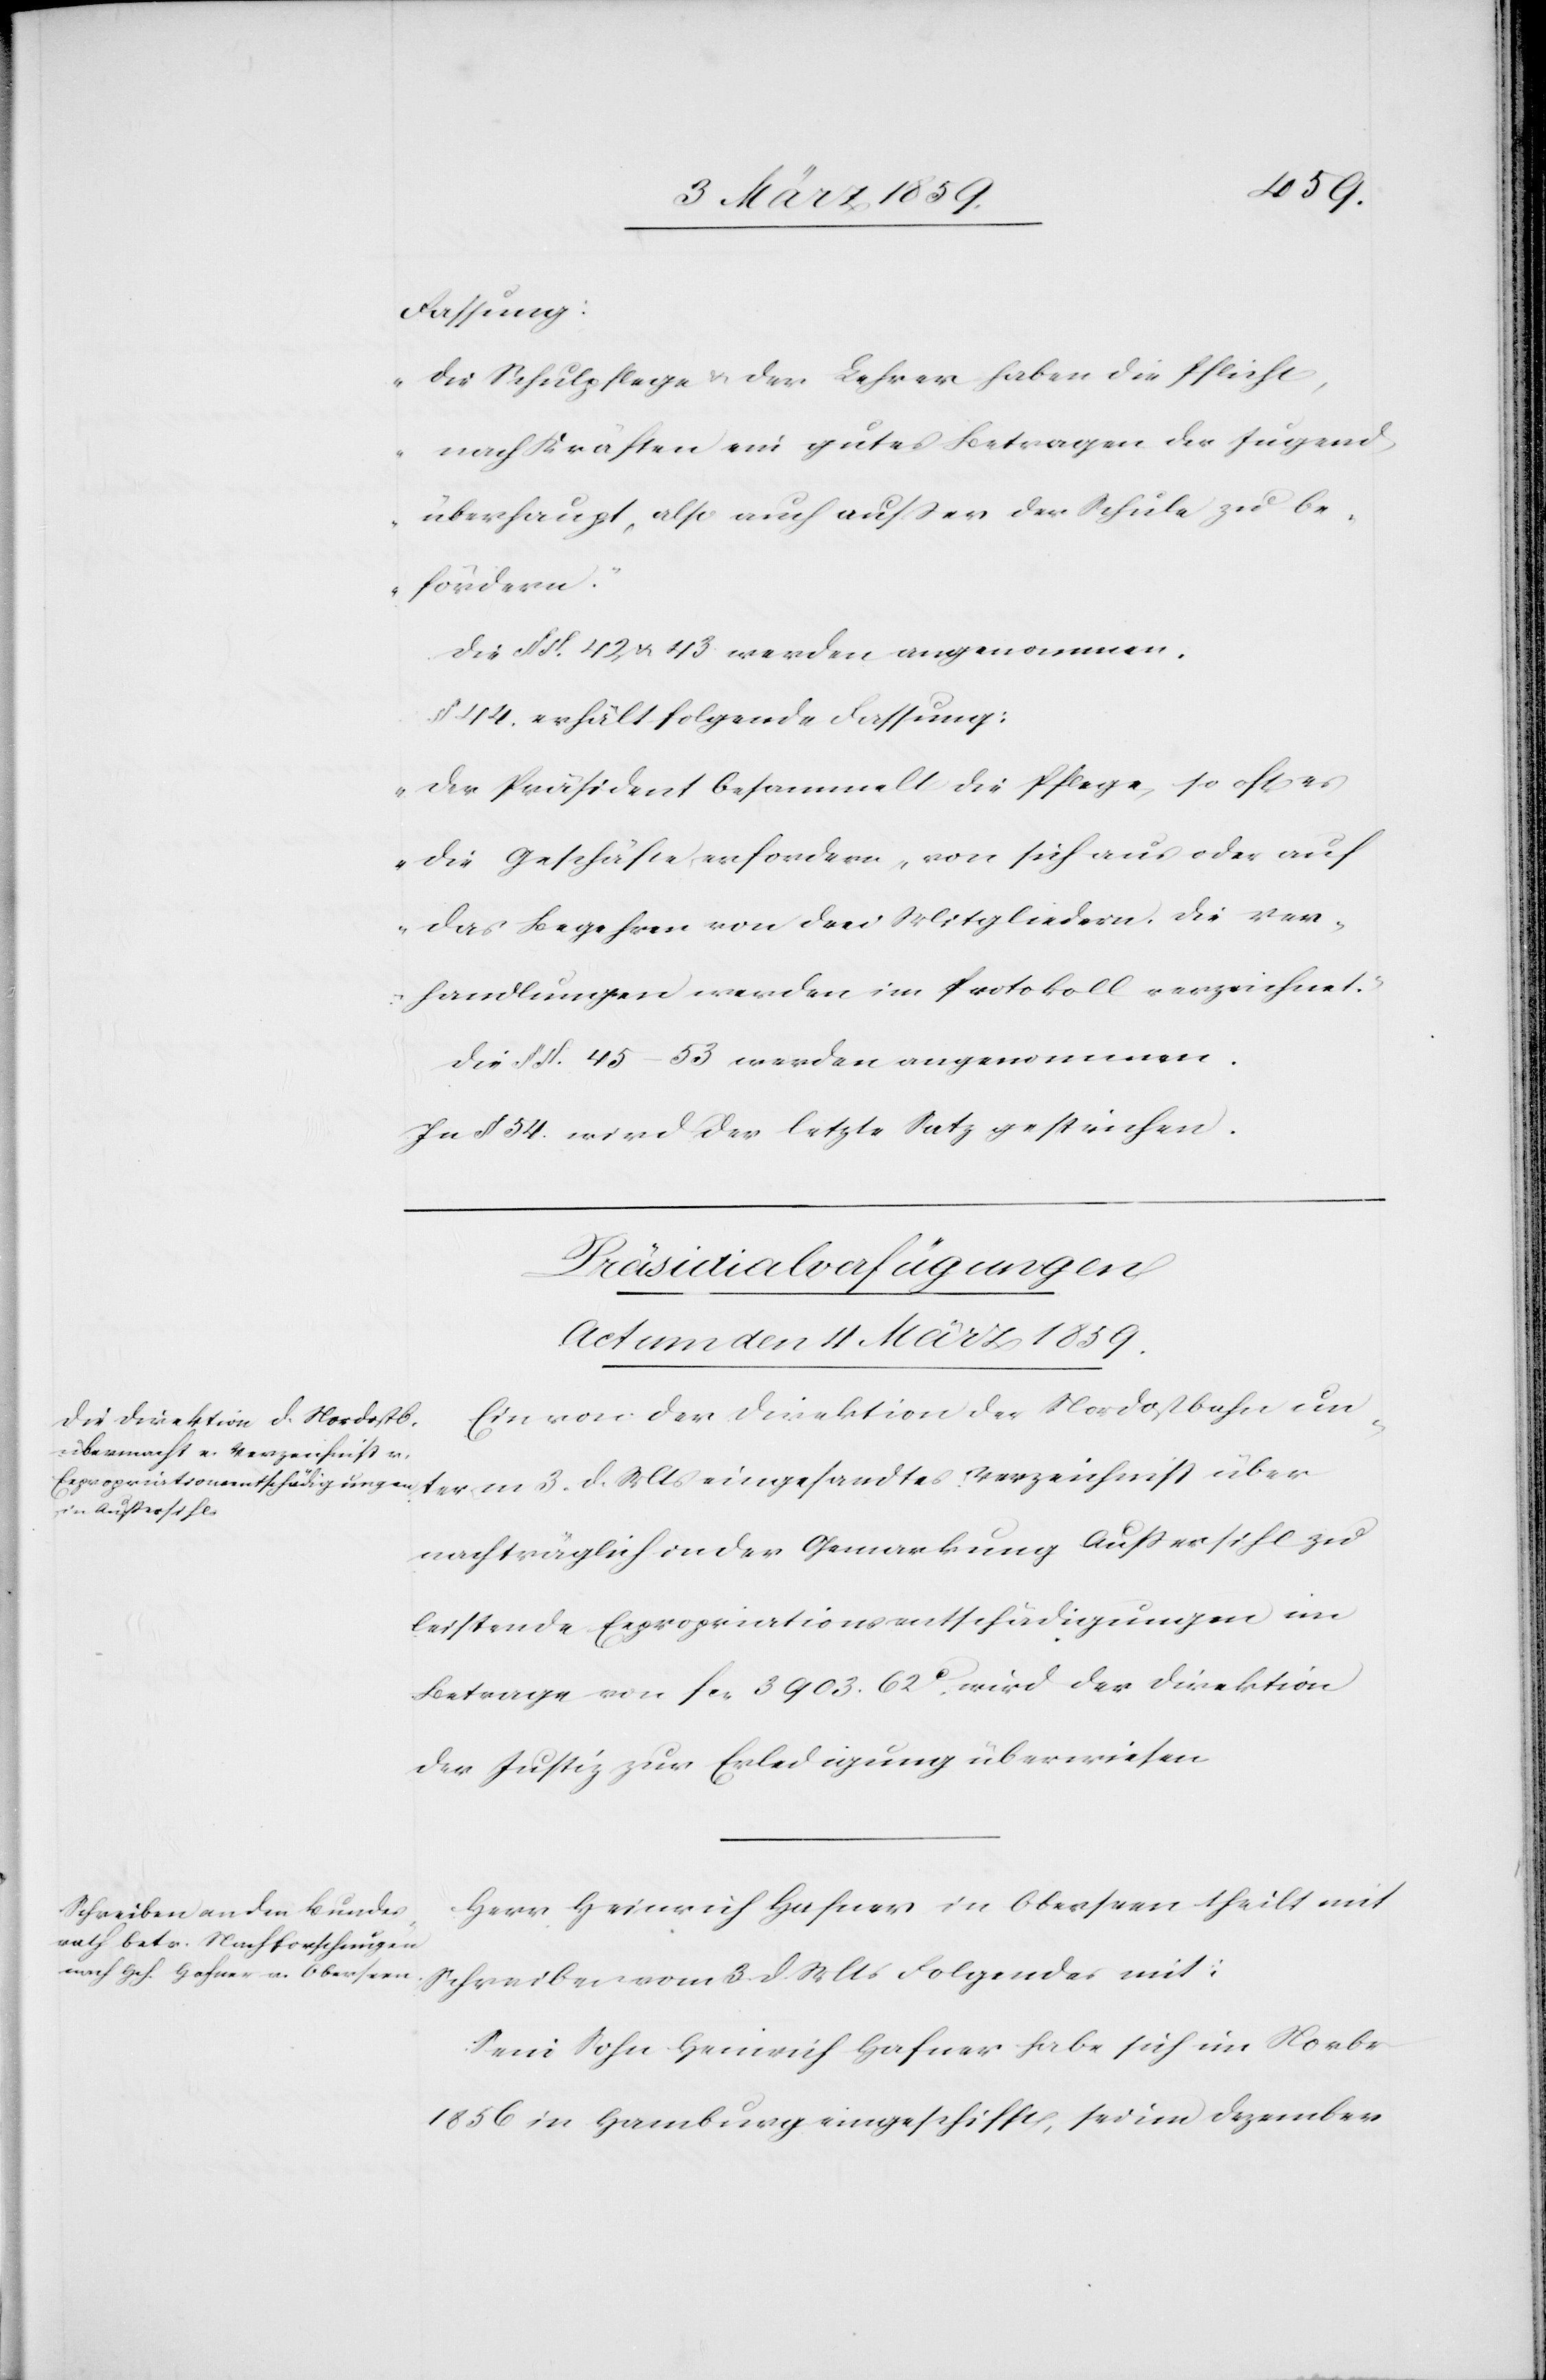
Fassung:
„Die Schulpflege & der Lehrer haben die Pflicht,
nach Kräften ein gutes Betragen der Jugend
überhaupt, also auch außer der Schule zu be¬
fördern.“
Die § §. 42 u. 43 werden angenommen.
§ 44. erhält folgende Fassung:
„Der Präsident besammelt die Pflege, so oft es
die Geschäfte erfordern, von sich aus oder auf
das Begehren von drei Mitgliedern. Die Ver¬
handlungen werden im Protokoll verzeichnet.“
Die § §. 45–53 werden angenommen.
In § 54. wird der letzte Satz gestrichen.
[Präsidialverfügungen
Actum den 4 März 1859.]
Ein von der Direktion der Nordostbahn un¬
term 3. d. Mts eingesandtes Verzeichniß über
nachträglich in der Gemarkung Außersihl zu
leistende Expropriationsentschädigungen im
Betrage von fcs. 3903. 62 c. wird der Direktion
der Justiz zur Erledigung überwiesen.
Herr Heinrich Hafner in Oberseen theilt mit
Schreiben vom 3. d. Mts Folgendes mit:
Sein Sohn Heinrich Hafner habe sich im Novbr
1856 in Hamburg eingeschifft, sei im Dezember